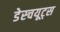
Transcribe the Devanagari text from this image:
डेस्चयूट्स